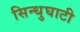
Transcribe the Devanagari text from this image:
सिन्‍धुघाटी